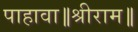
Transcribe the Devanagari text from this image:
पाहावा॥श्रीराम॥